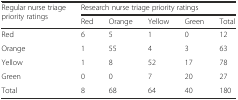
| <ROWSPAN=2> Regular nurse triage priority ratings | <COLSPAN=5> Research nurse triage priority ratings |
 | Red | Orange | Yellow | Green | Total |
 | --- | --- | --- | --- | --- | --- |
 | Red | 6 | 5 | 1 | 0 | 12 |
 | Orange | 1 | 55 | 4 | 3 | 63 |
 | Yellow | 1 | 8 | 52 | 17 | 78 |
 | Green | 0 | 0 | 7 | 20 | 27 |
 | Total | 8 | 68 | 64 | 40 | 180 |